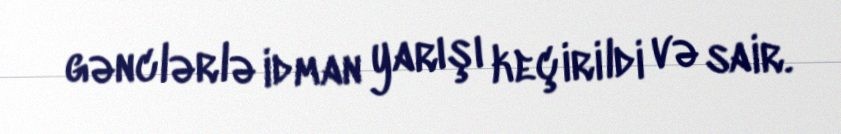
gənclərlə idman yarışı keçirildi və sair.